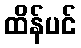
ထိန်ပင်